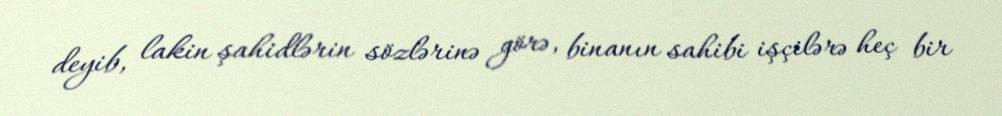
deyib, lakin şahidlərin sözlərinə görə, binanın sahibi işçilərə heç bir